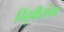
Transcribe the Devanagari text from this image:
हिंदूवीरांचा